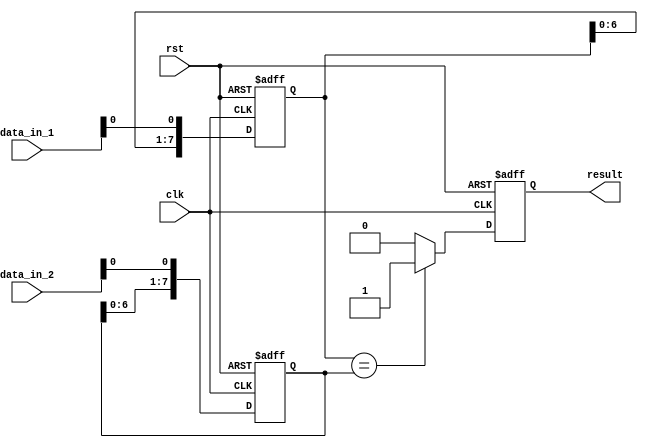
module serial_comparator(
    input wire clk,
    input wire rst,
    input wire [7:0] data_in_1,
    input wire [7:0] data_in_2,
    output reg result
);

reg [7:0] temp_data_in_1;
reg [7:0] temp_data_in_2;

always @(posedge clk or posedge rst) begin
    if (rst) begin
        temp_data_in_1 <= 8'b0;
        temp_data_in_2 <= 8'b0;
        result <= 0;
    end else begin
        temp_data_in_1 <= {temp_data_in_1[6:0], data_in_1[0]};
        temp_data_in_2 <= {temp_data_in_2[6:0], data_in_2[0]};
        
        if (temp_data_in_1 == temp_data_in_2) begin
            result <= 1;
        end else begin
            result <= 0;
        end
    end
end

endmodule